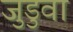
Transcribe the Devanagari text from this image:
जुडुवा